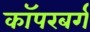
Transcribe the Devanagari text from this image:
कॉपरबर्ग